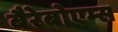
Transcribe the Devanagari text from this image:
बैरेबोएम्स